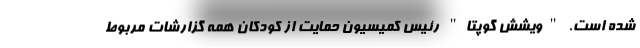
شده است. "ویشش گوپتا" رئیس کمیسیون حمایت از کودکان همه گزارشات مربوط